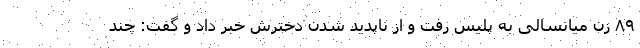
۸۹ زن میانسالی به پلیس رفت و از ناپدید شدن دخترش خبر داد و گفت: چند